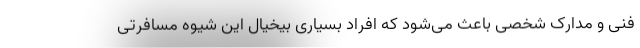
فنی و مدارک شخصی باعث می‌شود که افراد بسیاری بیخیال این شیوه مسافرتی